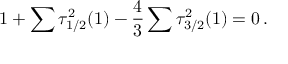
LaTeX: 1 + \sum \tau _ { 1 / 2 } ^ { 2 } ( 1 ) - \frac { 4 } { 3 } \sum \tau _ { 3 / 2 } ^ { 2 } ( 1 ) = 0 \, .